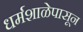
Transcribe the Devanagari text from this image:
धर्मशाळेपासून